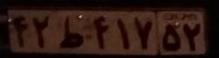
۴۲ط۴۱۷۵۲